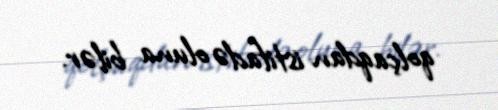
qolçaqdan istifadə oluna bilər.